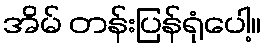
အိမ် တန်းပြန်ရုံပေါ့။